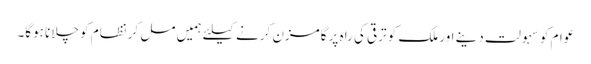
عوام کو سہولت دینے اور ملک کو ترقی کی راہ پر گامزن کرنے کیلئے ہمیں مل کر نظام کو چلانا ہوگا۔